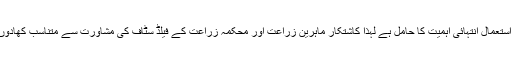
15 مئی2018ء) ماہرین زراعت نے کہا ہے کہ کپاس کی بہتر فصل کے حصول کیلئے متناسب کھادوں کا استعمال انتہائی اہمیت کا حامل ہے لہٰذا کاشتکار ماہرین زراعت اور محکمہ زراعت کے فیلڈ سٹاف کی مشاورت سے متناسب کھادوں کا بروقت استعمال یقینی بنائیں تاکہ کپاس کی معیاری اور فی ایکڑ بہترین پیداوار کا حصول ممکن ہو سکے۔